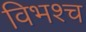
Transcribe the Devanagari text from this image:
विभश्च